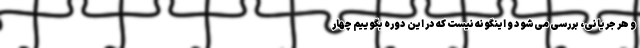
و هر جریانی، بررسی می‌شود و اینگونه نیست که در این دوره بگوییم چهار